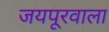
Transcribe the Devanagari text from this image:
जयपूरवाला